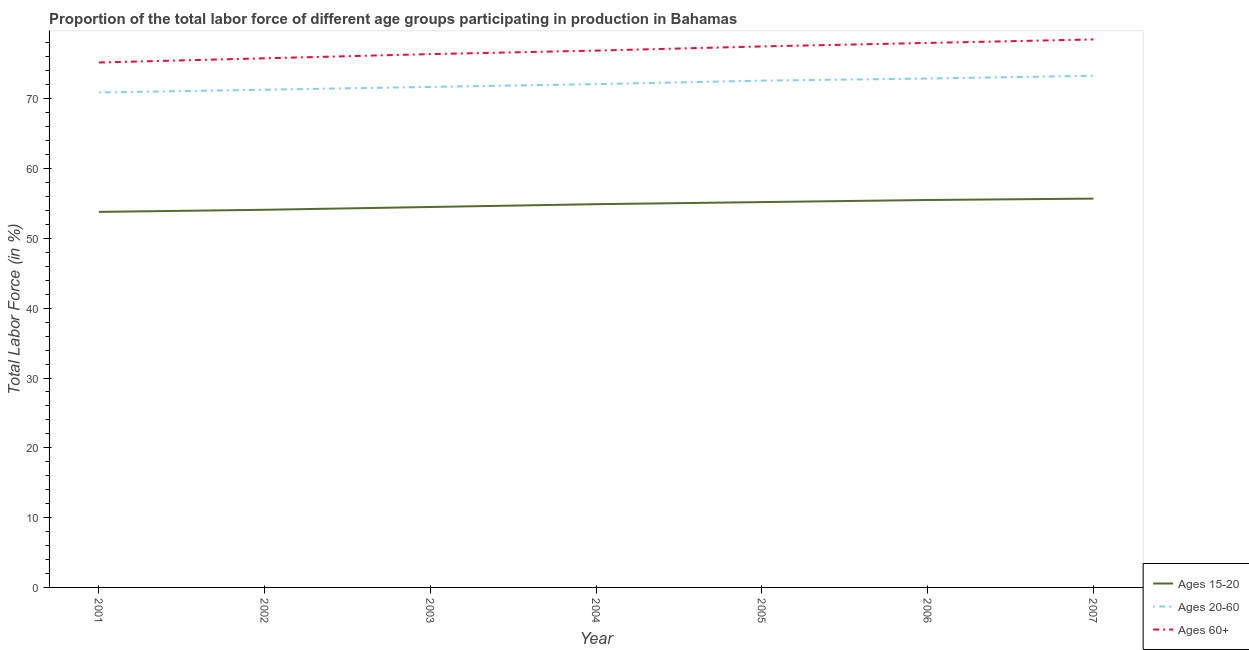
| Year | Ages 15-20 | Ages 20-60 | Ages 60+ |
 | --- | --- | --- | --- |
 | 2001 | 53.8 | 70.9 | 75.2 |
 | 2002 | 54.1 | 71.3 | 75.8 |
 | 2003 | 54.5 | 71.7 | 76.4 |
 | 2004 | 54.9 | 72.1 | 76.9 |
 | 2005 | 55.2 | 72.6 | 77.5 |
 | 2006 | 55.5 | 72.9 | 78 |
 | 2007 | 55.7 | 73.3 | 78.5 |